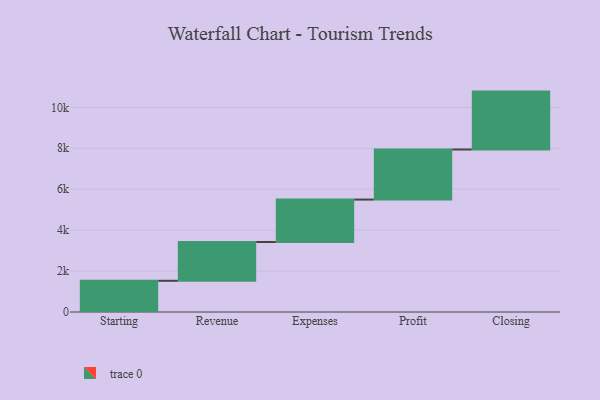
{"axis": {"x": "Step", "y": "Value"}, "legend": [""], "data": [{"x": "Starting", "y": 1525.0, "type": ""}, {"x": "Revenue", "y": 1895.0, "type": ""}, {"x": "Expenses", "y": 2073.0, "type": ""}, {"x": "Profit", "y": 2447.0, "type": ""}, {"x": "Closing", "y": 2829.0, "type": ""}]}